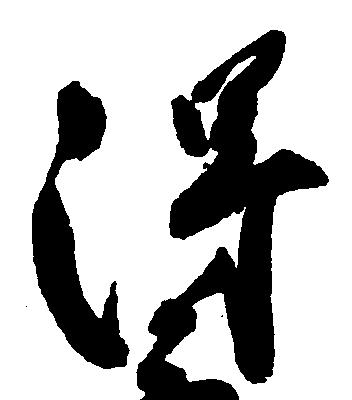
得